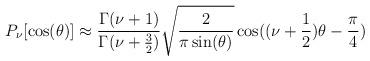
LaTeX: \begin{align*}P_\nu[\cos(\theta)]\approx{\Gamma(\nu +1)\over \Gamma(\nu +{3\over 2} )}\sqrt{ 2 \over \pi \sin(\theta)}\cos((\nu+{1\over 2})\theta-{\pi\over 4})\end{align*}